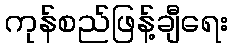
ကုန်စည်ဖြန့်ချီရေး